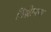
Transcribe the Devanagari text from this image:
विश्लेाषण